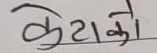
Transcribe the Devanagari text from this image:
केटाको